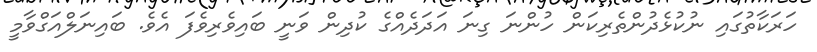
ހަރަކާތުގައި ނުކުޅެދުންތެރިކަން ހުންނަ ގިނަ އަދަދެއްގެ ކުދިން ވަނީ ބައިވެރިވެފަ އެވެ. ބައިނަލްއަގްވާމީ